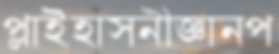
প্লাইহাসনীজ্ঞানপ